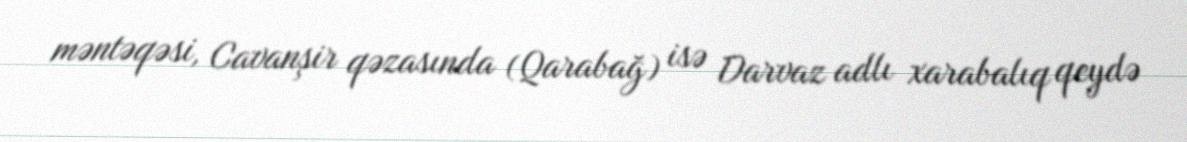
məntəqəsi, Cavanşir qəzasında (Qarabağ) isə Darvaz adlı xarabalıq qeydə